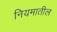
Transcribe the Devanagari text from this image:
नियमातील